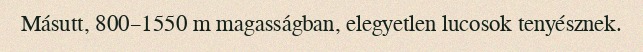
Másutt, 800–1550 m magasságban, elegyetlen lucosok tenyésznek.